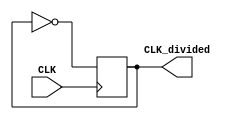
module CLK_divider_25MHz(
		input wire CLK,
		output reg CLK_divided
);

// Decrease the frequency by a factor of 2
always @(posedge CLK) begin
		CLK_divided <= ~CLK_divided;
end

endmodule